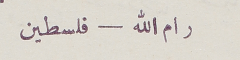
رام الله – فلسطين